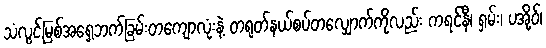
သံလွင်မြစ်အရှေ့ဘက်ခြမ်းတကျောလုံးနဲ့ တရုတ်နယ်စပ်တလျှောက်ကိုလည်း ကရင်နီ၊ ရှမ်း၊ ပအို့ဝ်၊